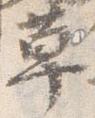
草